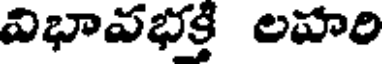
విభావభక్తి లహరి